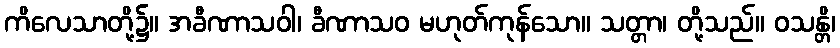
ကိလေသာတို့၌။ အခီဏာသဝါ၊ ခီဏာသဝ မဟုတ်ကုန်သော။ သတ္တာ၊ တို့သည်။ ဝသန္တိ၊